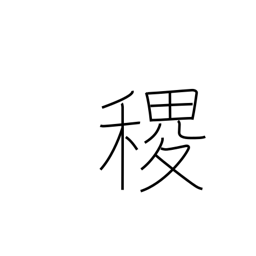
Meaning: millet